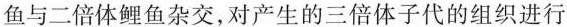
鱼与二倍体鲤鱼杂交，对产生的三倍体子代的组织进行